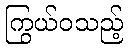
ကြွယ်ဝသည့်